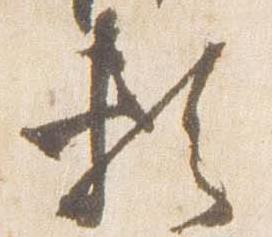
頼